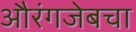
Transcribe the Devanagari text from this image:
औरंगजेबचा